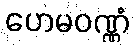
ဟေမဝဏ္ဏံ